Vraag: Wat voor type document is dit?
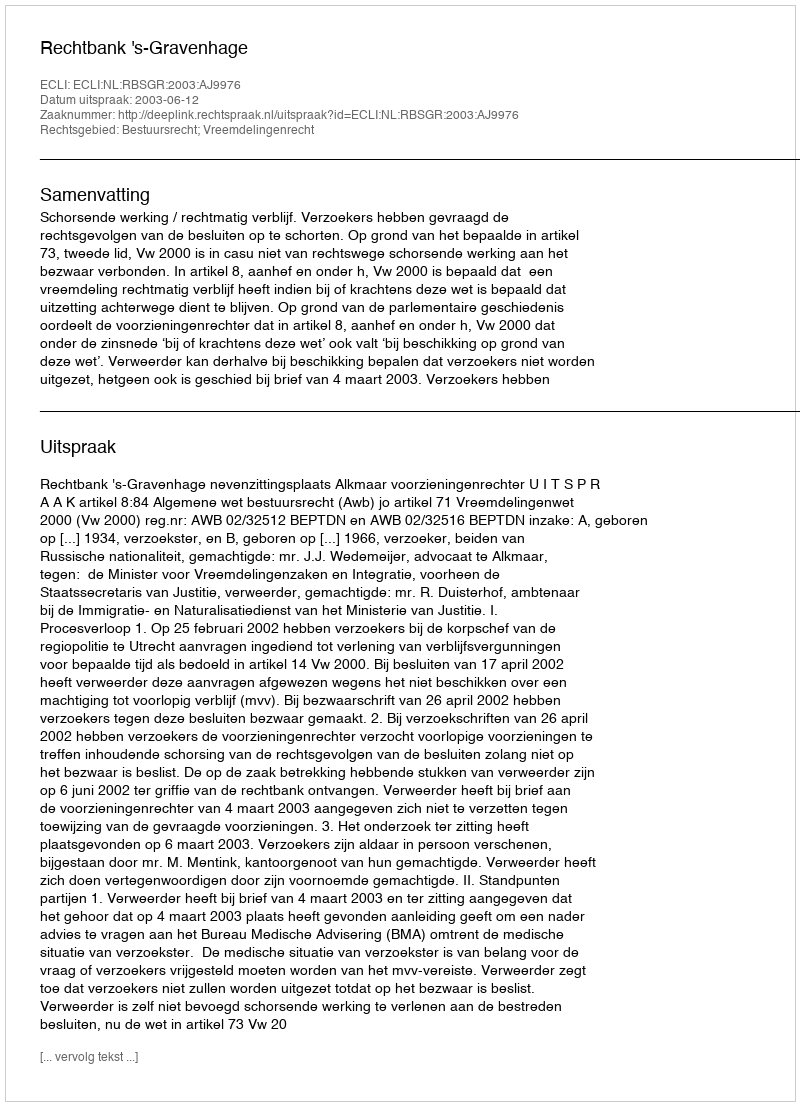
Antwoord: Uitspraak